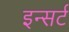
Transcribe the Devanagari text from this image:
इन्सर्ट